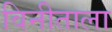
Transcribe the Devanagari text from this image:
विनीताला